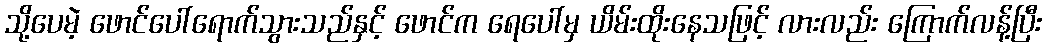
သို့ပေမဲ့ ဖောင်ပေါ်ရောက်သွားသည်နှင့် ဖောင်က ရေပေါ်မှ ယိမ်းထိုးနေသဖြင့် လားလည်း ကြောက်လန့်ပြီး